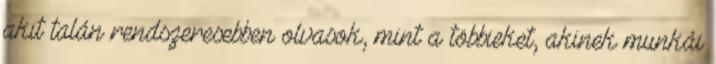
akit talán rendszeresebben olvasok, mint a többieket, akinek munkái